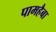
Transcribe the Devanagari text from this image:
पामहैबा